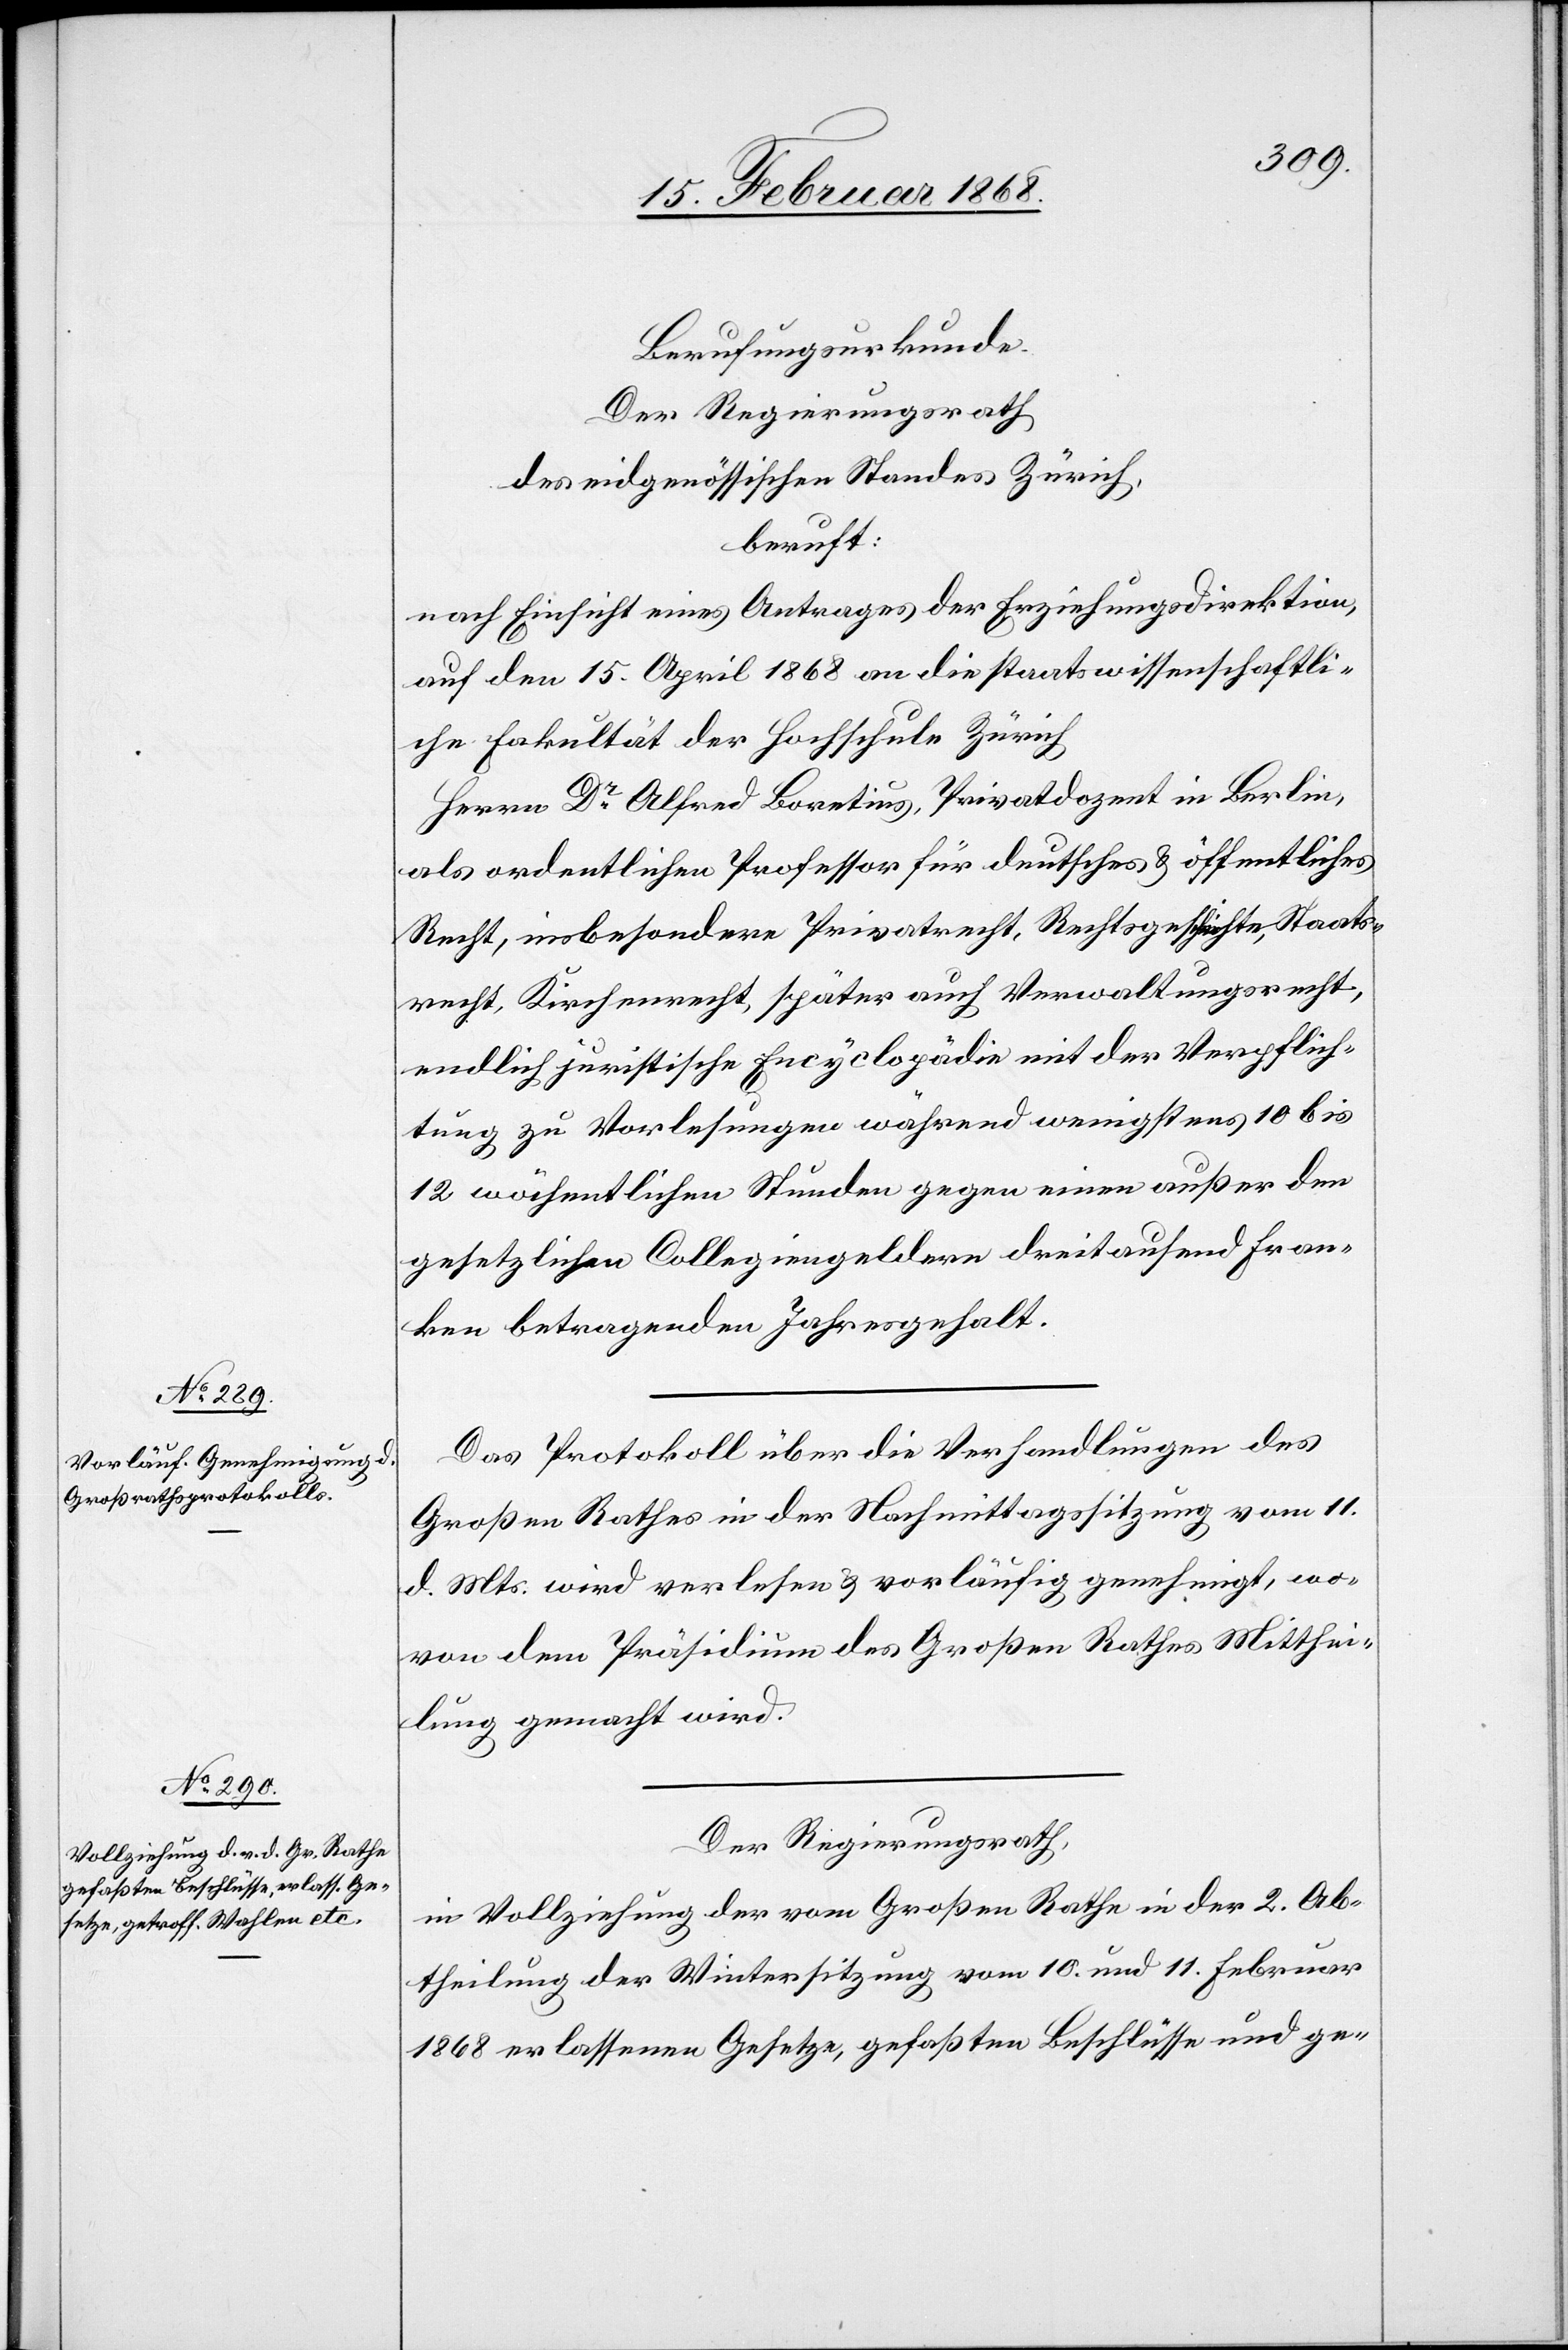
Berufungsurkunde.
Der Regierungsrath
des eidgenössischen Standes Zürich,
beruft:
nach Einsicht eines Antrages der Erziehungsdirektion,
auf den 15. April 1868 an die staatswissenschaftli¬
che Fakultät der Hochschule Zürich
Herrn Dr. Alfred Boretius, Privatdozent in Berlin,
als ordentlichen Professor für deutsches & öffentliches
Recht, insbesondere Privatrecht, Rechtsgeschichte, Staats¬
recht, Kirchenrecht, später auch Verwaltungsrecht,
endlich juristische Encyclopädie mit der Verpflich¬
tung zu Vorlesungen während wenigstens 10 bis
12 wöchentlichen Stunden gegen einen außer den
gesetzlichen Collegiengeldern dreitausend Fran¬
ken betragenden Jahresgehalt.
Das Protokoll über die Verhandlungen des
Großen Rathes in der Nachmittagssitzung vom 11.
d. Mts. wird verlesen & vorläufig genehmigt, wo¬
von dem Präsidium des Großen Rathes Mitthei¬
lung gemacht wird.
Der Regierungsrath,
in Vollziehung der vom Großen Rathe in der 2. Ab¬
theilung der Wintersitzung vom 10. und 11. Februar
1868 erlassenen Gesetze, gefaßten Beschlüsse und ge-